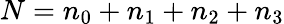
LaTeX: N=n_{0}+n_{1}+n_{2}+n_{3}